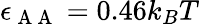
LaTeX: \epsilon_{\mathrm{~A~A~}}=0.46k_{B}T